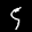
Label: 5